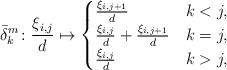
LaTeX: \begin{align*}\bar{\delta}_{k}^m\colon \frac{\xi_{i,j}}{d}\mapsto \begin{cases}\frac{\xi_{i,j+1}}{d} & k<j,\\\frac{\xi_{i,j}}{d}+\frac{\xi_{i,j+1}}{d} &k=j,\\\frac{\xi_{i,j}}{d}&k>j,\end{cases}\end{align*}